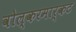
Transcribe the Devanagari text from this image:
वोल्करमार्कट